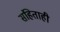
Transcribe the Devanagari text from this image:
संहिताही